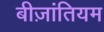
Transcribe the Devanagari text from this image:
बीज़ांतियम